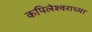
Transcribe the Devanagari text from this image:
कपिलेश्वराच्या